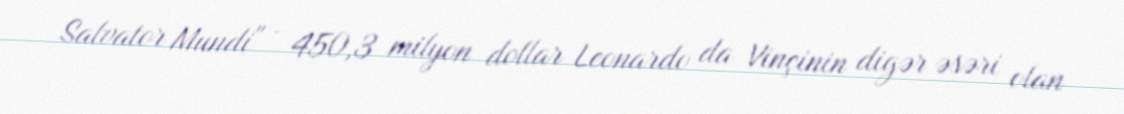
Salvator Mundi" - 450,3 milyon dollar Leonardo da Vinçinin digər əsəri olan